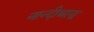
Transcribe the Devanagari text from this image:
नान्दीश्राद्ध